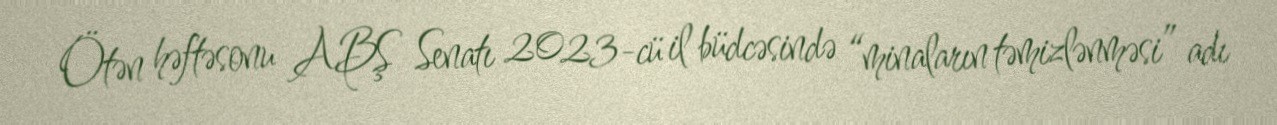
Ötən həftəsonu ABŞ Senatı 2023-cü il büdcəsində “minaların təmizlənməsi” adı